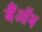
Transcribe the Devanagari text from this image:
बैंऑब